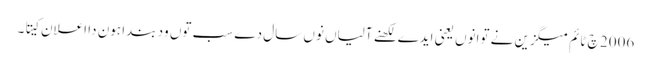
2006 چ ٹائم میگزین نے توانوں یعنی ایدے لکھنے آلیاں نوں سال دے سب توں ود بندا ہون دا اعلان کیتا۔